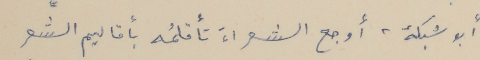
أبو شبكة، أوجع الشعراء تأقلمُه بأقاليم الشِّعر